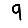
Digit: 9